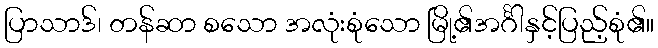
ပြာသာဒ်၊ တန်ဆာ စသော အလုံးစုံသော မြို့၏အင်္ဂါနှင့်ပြည့်စုံ၏။